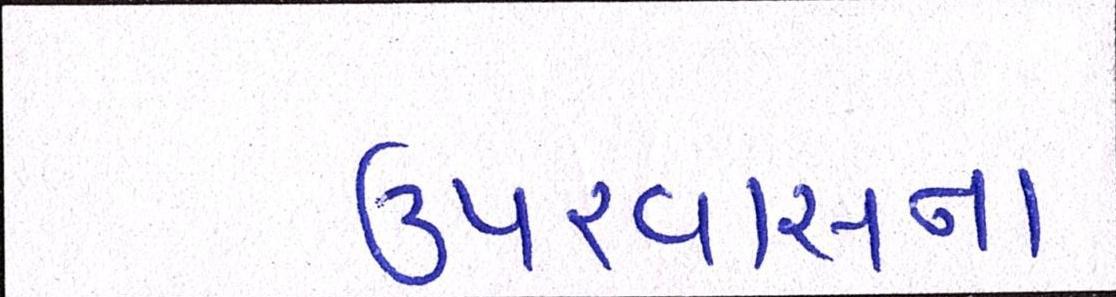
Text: ઉપરવાસના